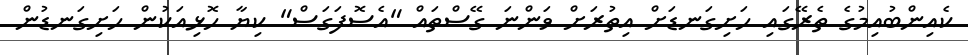
ކެއިންބުއިމުގެ ތެރޭގައި ހަށިގަނޑަށް އިތުރަށް ވަންނަ ގޭސްތައް "އެސޮފަގަސް" ކިޔާ ހޮޅިއަކުން ހަށިގަނޑުން